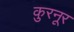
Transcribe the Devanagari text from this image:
कुरनूर